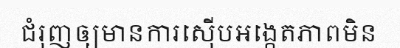
ជំរុញឲ្យមានការស៊ើបអង្កេតភាពមិន